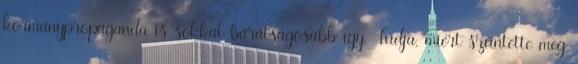
kormánypropaganda is sokkal barátságosabb így. Tudja, miért szüntette meg